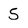
Character: 5